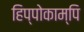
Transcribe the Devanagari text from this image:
हिप्पोकाम्पि